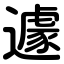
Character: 遽